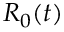
R _ { 0 } ( t )